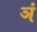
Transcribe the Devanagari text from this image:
ञं